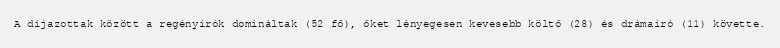
A díjazottak között a regényírók domináltak (52 fő), őket lényegesen kevesebb költő (28) és drámaíró (11) követte.